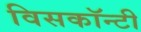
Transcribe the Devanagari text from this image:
विसकॉन्टी